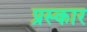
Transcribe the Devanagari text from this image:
प्रस्कार